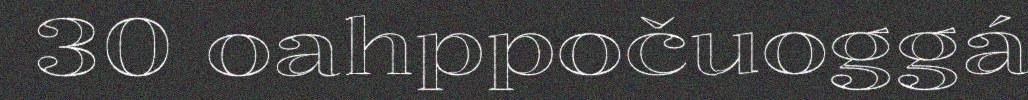
30 oahppočuoggá